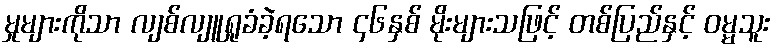
မှုများကိုသာ လျစ်လျူရှုခံခဲ့ရသော ၄၆နှစ် မိုးများသဖြင့် တစ်ပြည်နှင့် ဝမ္မသူး